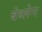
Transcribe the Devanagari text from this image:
बेथ्लेन